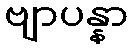
ဗျာပန္နာ